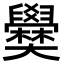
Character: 𡚣